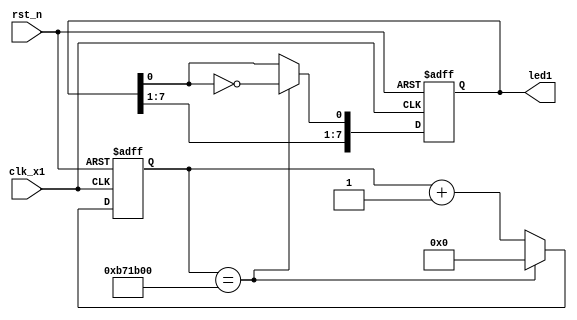
module led1
(
    input clk_x1,
    input rst_n,
    output reg [7:0]led1
    
    // output mspi_clk,
    // input mspi_si,
    // output mspi_so,
    // output mspi_css
);

    wire clk;
    
    assign clk = clk_x1;

    parameter T1S = 24'd12_000_000;
    
    reg [23:0]count;
    
    always @(posedge clk or negedge rst_n)
    begin
        if(!rst_n)
            count <= 24'd0;
        else if(count == T1S)
            count <= 24'd0;
        else
            count <= count + 1'b1;
    end
    
    
    always @(posedge clk or negedge rst_n)
    begin
        if(!rst_n)
            led1 <= 8'b1111_1111;
        else if(count == T1S)
            led1 <= {led1[7:1],~led1[0]};
    end
    
endmodule